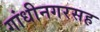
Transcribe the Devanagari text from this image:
गांधीनगरसह